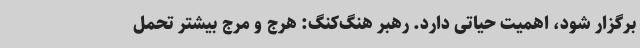
برگزار شود، اهمیت حیاتی دارد. رهبر هنگ‌کنگ: هرج و مرج بیشتر تحمل‌